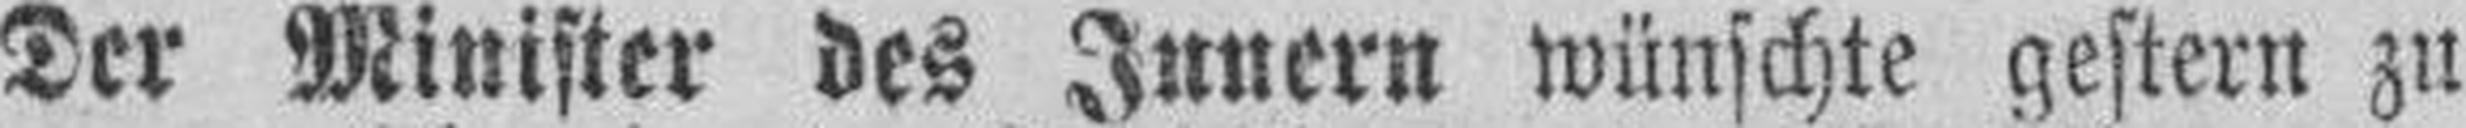
Der Minister des Innern wünschte gestern zu